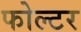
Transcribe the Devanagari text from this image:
फोल्टर